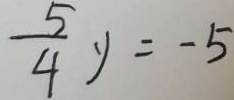
\frac { 5 } { 4 } y = - 5